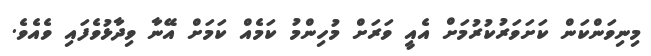
މިނިވަންކަން ކަށަވަރުކުރުމަށް އެއީ ވަރަށް މުހިންމު ކަމެއް ކަމަށް އޭނާ ވިދާޅުވެފައި ވެއެވެ.